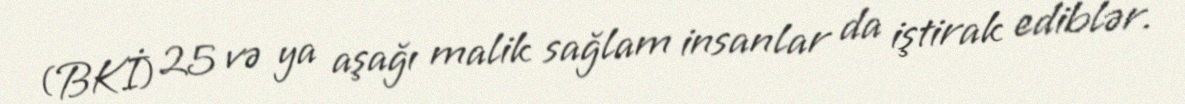
(BKİ) 25 və ya aşağı malik sağlam insanlar da iştirak ediblər.